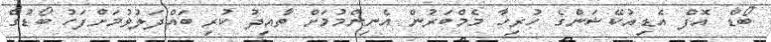
ބޯޑް އޮފް އެޑިއުކޭޝަންގެ ހުރިހާ މެމްބަރުން އެނިންމުމަށް ތާއިދު ކުރި ބައްދަލުވުމަށްފަހު ބޯޑުގެ